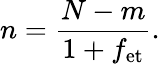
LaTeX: n=\frac{N-m}{1+f_{\mathrm{et}}}.